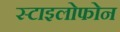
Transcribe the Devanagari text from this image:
स्टाइलोफोन